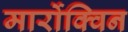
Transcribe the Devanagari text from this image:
मार्रोक्विन